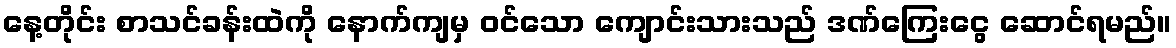
နေ့တိုင်း စာသင်ခန်းထဲကို နောက်ကျမှ ဝင်သော ကျောင်းသားသည် ဒဏ်ကြေးငွေ ဆောင်ရမည်။